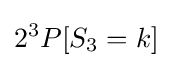
2^{3}P[S_{3}=k]